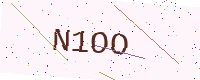
Text: N1OO